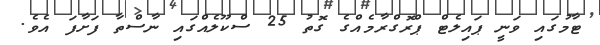
ޓާމުގައި ވަނީ ޕައިލެޓް ޕްރޮގްރާމެއްގެ ގޮތު 25 ސްކޫލެއްގައި ނާސްތާ ފަށާފަ އެވެ.